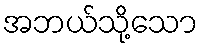
အဘယ်သို့သော